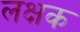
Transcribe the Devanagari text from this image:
लक्षक